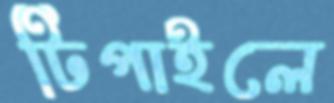
টিপাইলে